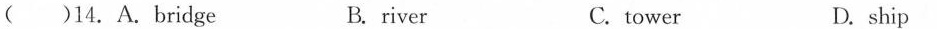
( )14.A.Bridge B. river C. tower D. ship